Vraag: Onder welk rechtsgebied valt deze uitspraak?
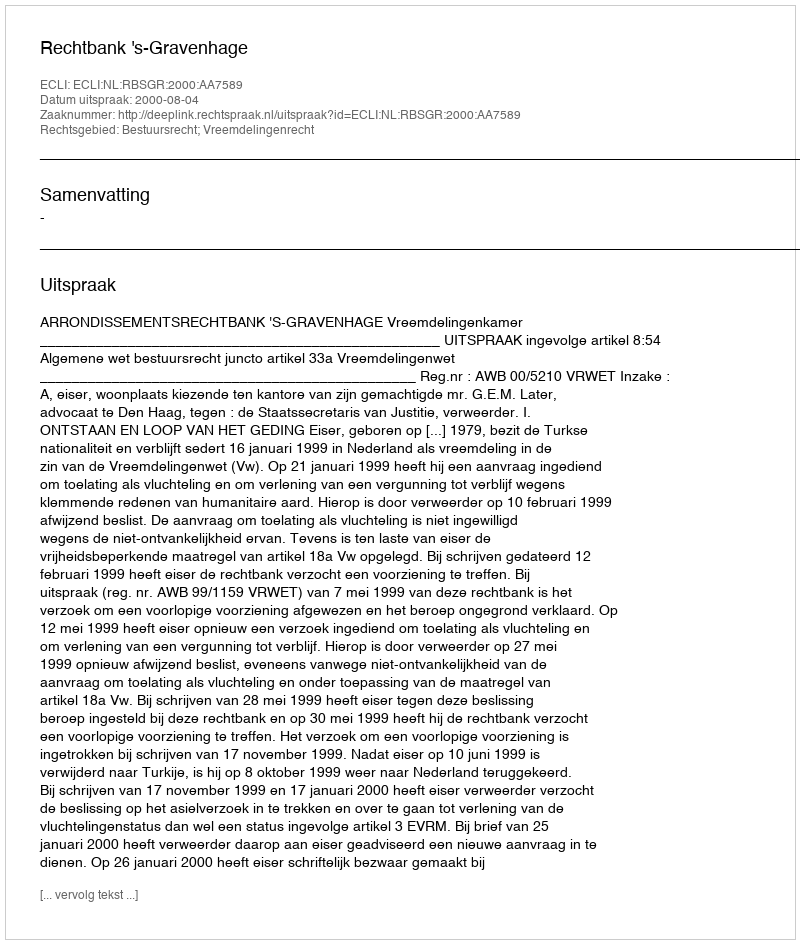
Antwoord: Bestuursrecht; Vreemdelingenrecht